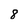
Character: 8